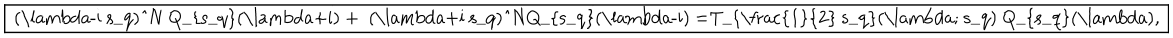
LaTeX: \fbox { ( \lambda - i s _ { q } ) ^ { N } Q _ { s _ { q } } ( \lambda + i ) + ( \lambda + i s _ { q } ) ^ { N } Q _ { s _ { q } } ( \lambda - i ) = T _ { \frac { 1 } { 2 } s _ { q } } ( \lambda ; s _ { q } ) Q _ { s _ { q } } ( \lambda ) , }